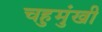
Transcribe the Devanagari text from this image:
चहुमुंखी